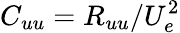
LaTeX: C_{uu}=R_{uu}/U_{e}^{2}